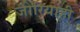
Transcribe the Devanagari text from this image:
जोरियाही